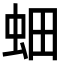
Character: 𮓿